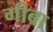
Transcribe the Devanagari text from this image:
गीबा